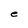
Character: e